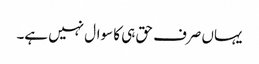
یہاں صرف حق ہی کا سوال نہیں ہے۔